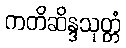
ကတိဆိန္ဒသုတ္တံ